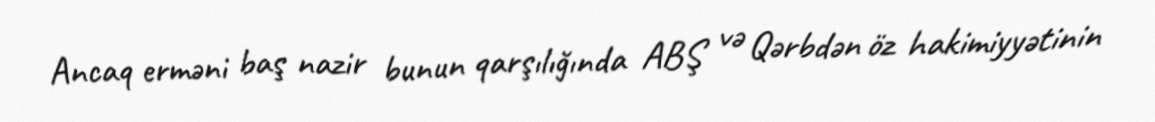
Ancaq erməni baş nazir bunun qarşılığında ABŞ və Qərbdən öz hakimiyyətinin